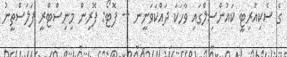
ގެ ސެކިއުރިޓީ ކައުންސިލްގައި ވާހަކަ ދައްކަވަނީނ -- ފޮޓޯ: ފޮރިން މިނިސްޓްރީ ފަލަސްތީނު